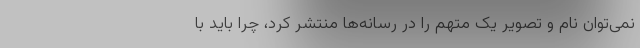
نمی‌توان نام و تصویر یک متهم را در رسانه‌ها منتشر کرد، چرا باید با